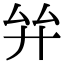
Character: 𢌹